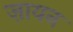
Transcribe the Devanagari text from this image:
ज़ायन